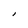
Character: l